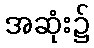
အဆုံး၌